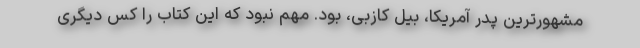
مشهورترین پدر آمریکا، بیل کازبی، بود. مهم نبود که این کتاب را کس دیگری